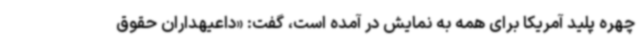
چهره پلید آمریکا برای همه به نمایش در آمده است، گفت: «داعیهداران حقوق